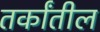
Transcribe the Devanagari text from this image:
तर्कांतील